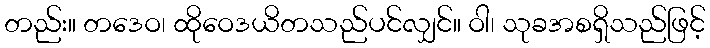
တည်း။ တဒေဝ၊ ထိုဝေဒယိတသည်ပင်လျှင်။ ဝါ၊ သုခအစရှိသည်ဖြင့်